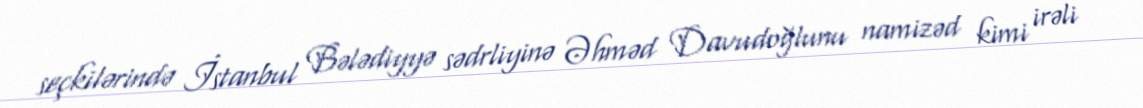
seçkilərində İstanbul Bələdiyyə sədrliyinə Əhməd Davudoğlunu namizəd kimi irəli